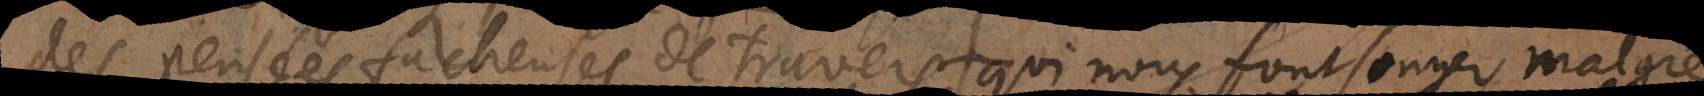
des pensées facheuses de travers, qui nous font songer malgré